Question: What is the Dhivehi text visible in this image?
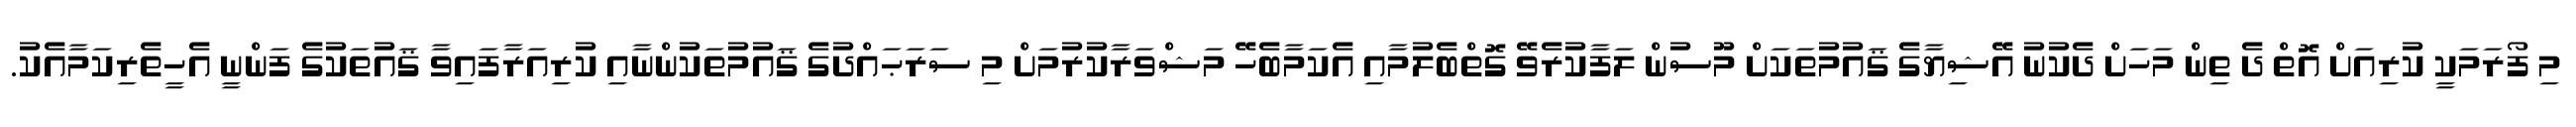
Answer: މި ފޯރަމަކީ ކުރިއަށް އޮތް ދެ ތިން މަހަށް ދެކުނު އޭޝިޔާގެ ޤައުމުތަކަށް މޫސުން ލަފާކުރެވޭ ގޮތްބެލުމާއި އެކަމާބެހޭ މަޝްވަރާކުރުމަށް މި ސަރަޙައްދުގެ ޤައުމުތަކުންނާއި ކުރިއަރާފައިވާ ޤައުތަކުގެ ފަންނީ އެހީތެރިކަމާއެކު.